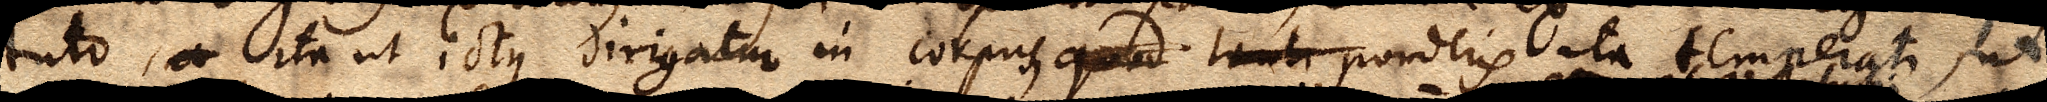
tuto, a ita ut ictus dirigatur in corpus, quod tanti ponderis ita temperati, ut